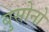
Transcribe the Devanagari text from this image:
बुसोनो